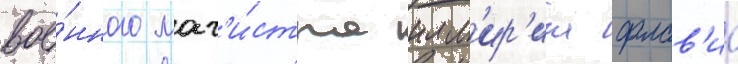
вое́нного маг'и́стра илл'ир'ика флав'иа